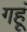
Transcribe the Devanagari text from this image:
गहूं